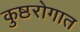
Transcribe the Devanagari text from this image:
कुष्ठरोगात